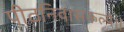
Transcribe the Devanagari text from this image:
पीठनिवासकल्पे।।